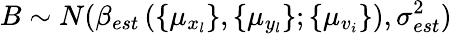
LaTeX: B\sim N(\beta_{est}\left(\{ \mu_{x_{l}}\} ,\{ \mu_{y_{l}}\} ;\{ \mu_{v_{i}}\} \right),\sigma_{est}^{2})